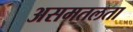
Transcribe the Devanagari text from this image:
असमतलता